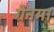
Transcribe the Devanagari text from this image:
ग्रेनमा